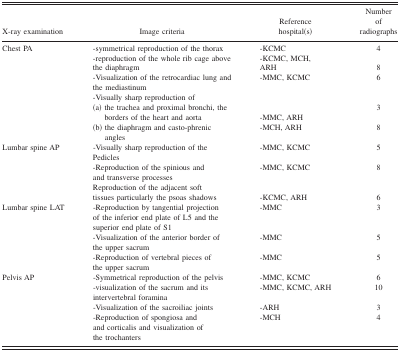
| X‐ray examination | Image criteria | Reference hospital(s) | Number of radiographs |
 | --- | --- | --- | --- |
 | Chest PA | ‐symmetrical reproduction of the thorax | ‐KCMC | 4 |
 |  | ‐reproduction of the whole rib cage above the diaphragm | ‐KCMC, MCH, ARH | 8 |
 |  | ‐Visualization of the retrocardiac lung and the mediastinum | ‐MMC, KCMC | 6 |
 |  | <COLSPAN=3> ‐Visually sharp reproduction of |
 |  | (a) the trachea and proximal bronchi, the borders of the heart and aorta | ‐MMC, ARH | 3 |
 |  | (b) the diaphragm and casto‐phrenic angles | ‐MCH, ARH | 8 |
 | Lumbar spine AP | ‐Visually sharp reproduction of the Pedicles | ‐MMC, KCMC | 5 |
 |  | ‐Reproduction of the spinious and and transverse processes | ‐MMC, KCMC | 8 |
 |  | Reproduction of the adjacent soft tissues particularly the psoas shadows | ‐KCMC, ARH | 6 |
 | Lumbar spine LAT | ‐Reproduction by tangential projection of the inferior end plate of L5 and the superior end plate of S1 | ‐MMC | 3 |
 |  | ‐Visualization of the anterior border of the upper sacrum | ‐MMC | 5 |
 |  | ‐Reproduction of vertebral pieces of the upper sacrum | ‐MMC | 5 |
 | Pelvis AP | ‐Symmetrical reproduction of the pelvis | ‐MMC, KCMC | 6 |
 |  | ‐visualization of the sacrum and its intervertebral foramina | ‐MMC, KCMC, ARH | 10 |
 |  | ‐Visualization of the sacroiliac joints | ‐ARH | 3 |
 |  | ‐Reproduction of spongiosa and and corticalis and visualization of the trochanters | ‐MCH | 4 |